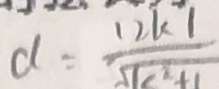
d = \frac { 1 2 k 1 } { \sqrt { 1 c ^ { 2 } + 1 } }